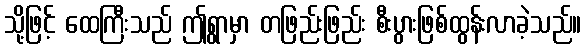
သို့ဖြင့် ထေကြီးသည် ဤရွာမှာ တဖြည်းဖြည်း စီးပွားဖြစ်ထွန်းလာခဲ့သည်။